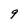
Character: 9